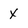
Character: x